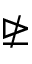
\ntrianglerighteq